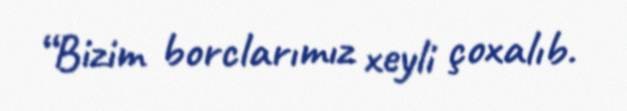
“Bizim borclarımız xeyli çoxalıb.